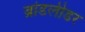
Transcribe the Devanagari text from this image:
ब्रांडलीडर